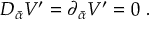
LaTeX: { \cal D } _ { \bar { \alpha } } { \cal V } ^ { \prime } = \partial _ { \bar { \alpha } } { \cal V } ^ { \prime } = 0 \ .